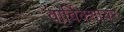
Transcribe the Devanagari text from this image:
वार्विक्शायर